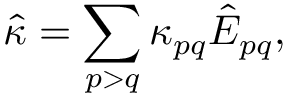
\hat { \kappa } = \sum _ { p > q } \kappa _ { p q } \hat { { E } } _ { p q } ,